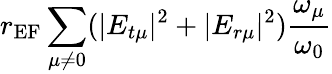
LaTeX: r_{\textrm{EF}}\sum_{\mu\neq 0}(|E_{t\mu}|^{2}+|E_{r\mu}|^{2})\frac{\omega_{\mu}}{\omega_{0}}